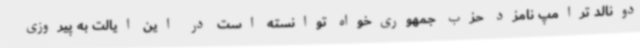
دونالد ترامپ نامزد حزب جمهوری‌خواه توانسته است در این ایالت به پیروزی